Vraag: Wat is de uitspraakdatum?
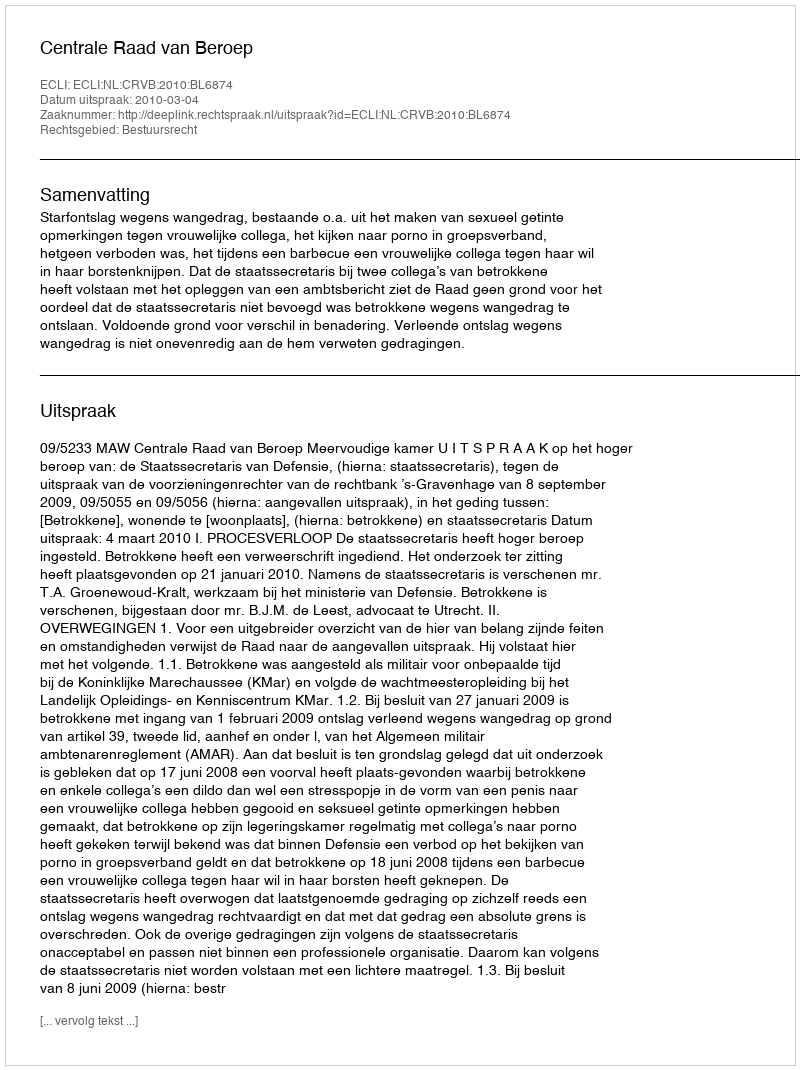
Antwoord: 2010-03-04